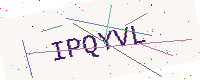
Text: IPQYVL